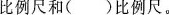
比例尺和()比例尺。